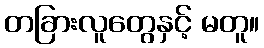
တခြားလူတွေနှင့် မတူ။